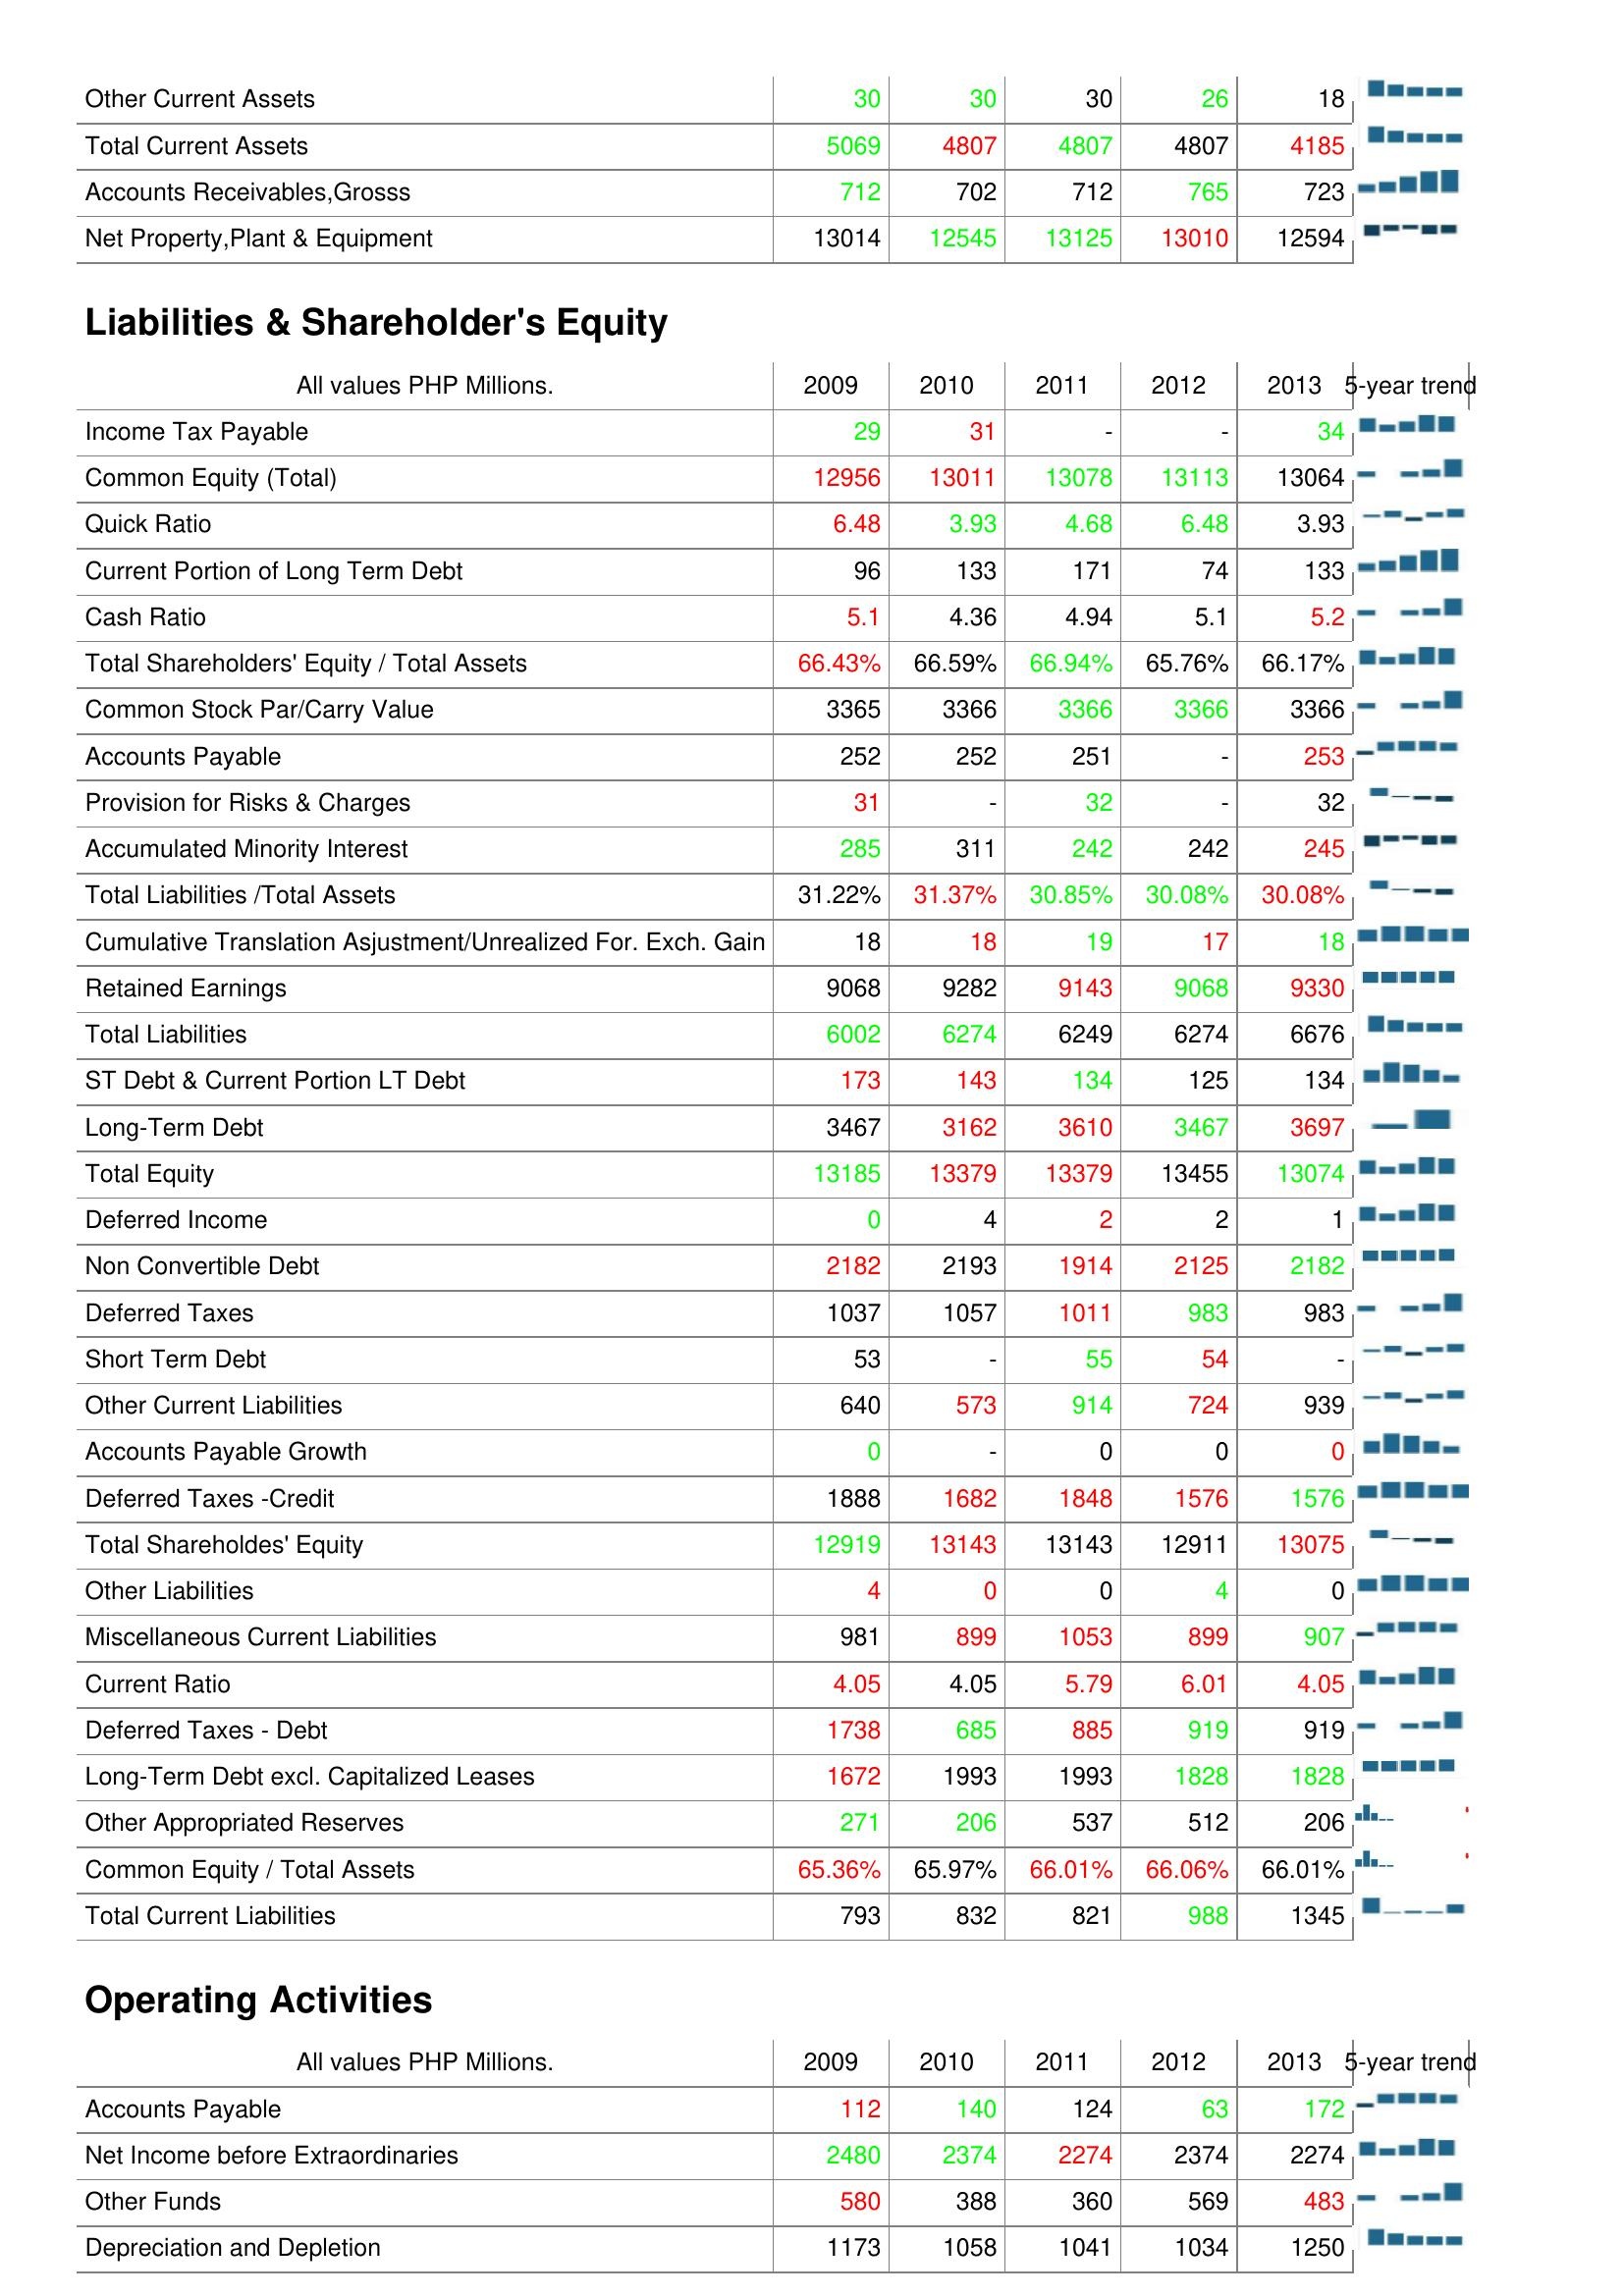
2009: Assets: Other Current Assets: 30
Total Current Assets: 5069
Accounts Receivables,Grosss: 712
Net Property,Plant & Equipment: 13014
Liabilities & Shareholder's Equity: Income Tax Payable: 29
Common Equity (Total): 12956
Quick Ratio: 6.48
Current Portion of Long Term Debt: 96
Cash Ratio: 5.1
Total Shareholders' Equity / Total Assets: 66.43%
Common Stock Par/Carry Value: 3365
Accounts Payable: 252
Provision for Risks & Charges: 31
Accumulated Minority Interest: 285
Total Liabilities /Total Assets: 31.22%
Cumulative Translation Asjustment/Unrealized For. Exch. Gain: 18
Retained Earnings: 9068
Total Liabilities: 6002
ST Debt & Current Portion LT Debt: 173
Long-Term Debt: 3467
Total Equity: 13185
Deferred Income: 0
Non Convertible Debt: 2182
Deferred Taxes: 1037
Short Term Debt: 53
Other Current Liabilities: 640
Accounts Payable Growth: 0
Deferred Taxes -Credit: 1888
Total Shareholdes' Equity: 12919
Other Liabilities: 4
Miscellaneous Current Liabilities: 981
Current Ratio: 4.05
Deferred Taxes - Debt: 1738
Long-Term Debt excl. Capitalized Leases: 1672
Other Appropriated Reserves: 271
Common Equity / Total Assets: 65.36%
Total Current Liabilities: 793
Operating Activities: Accounts Payable: 112
Net Income before Extraordinaries: 2480
Other Funds: 580
Depreciation and Depletion: 1173
2010: Assets: Other Current Assets: 30
Total Current Assets: 4807
Accounts Receivables,Grosss: 702
Net Property,Plant & Equipment: 12545
Liabilities & Shareholder's Equity: Income Tax Payable: 31
Common Equity (Total): 13011
Quick Ratio: 3.93
Current Portion of Long Term Debt: 133
Cash Ratio: 4.36
Total Shareholders' Equity / Total Assets: 66.59%
Common Stock Par/Carry Value: 3366
Accounts Payable: 252
Provision for Risks & Charges: -
Accumulated Minority Interest: 311
Total Liabilities /Total Assets: 31.37%
Cumulative Translation Asjustment/Unrealized For. Exch. Gain: 18
Retained Earnings: 9282
Total Liabilities: 6274
ST Debt & Current Portion LT Debt: 143
Long-Term Debt: 3162
Total Equity: 13379
Deferred Income: 4
Non Convertible Debt: 2193
Deferred Taxes: 1057
Short Term Debt: -
Other Current Liabilities: 573
Accounts Payable Growth: -
Deferred Taxes -Credit: 1682
Total Shareholdes' Equity: 13143
Other Liabilities: 0
Miscellaneous Current Liabilities: 899
Current Ratio: 4.05
Deferred Taxes - Debt: 685
Long-Term Debt excl. Capitalized Leases: 1993
Other Appropriated Reserves: 206
Common Equity / Total Assets: 65.97%
Total Current Liabilities: 832
Operating Activities: Accounts Payable: 140
Net Income before Extraordinaries: 2374
Other Funds: 388
Depreciation and Depletion: 1058
2011: Assets: Other Current Assets: 30
Total Current Assets: 4807
Accounts Receivables,Grosss: 712
Net Property,Plant & Equipment: 13125
Liabilities & Shareholder's Equity: Income Tax Payable: -
Common Equity (Total): 13078
Quick Ratio: 4.68
Current Portion of Long Term Debt: 171
Cash Ratio: 4.94
Total Shareholders' Equity / Total Assets: 66.94%
Common Stock Par/Carry Value: 3366
Accounts Payable: 251
Provision for Risks & Charges: 32
Accumulated Minority Interest: 242
Total Liabilities /Total Assets: 30.85%
Cumulative Translation Asjustment/Unrealized For. Exch. Gain: 19
Retained Earnings: 9143
Total Liabilities: 6249
ST Debt & Current Portion LT Debt: 134
Long-Term Debt: 3610
Total Equity: 13379
Deferred Income: 2
Non Convertible Debt: 1914
Deferred Taxes: 1011
Short Term Debt: 55
Other Current Liabilities: 914
Accounts Payable Growth: 0
Deferred Taxes -Credit: 1848
Total Shareholdes' Equity: 13143
Other Liabilities: 0
Miscellaneous Current Liabilities: 1053
Current Ratio: 5.79
Deferred Taxes - Debt: 885
Long-Term Debt excl. Capitalized Leases: 1993
Other Appropriated Reserves: 537
Common Equity / Total Assets: 66.01%
Total Current Liabilities: 821
Operating Activities: Accounts Payable: 124
Net Income before Extraordinaries: 2274
Other Funds: 360
Depreciation and Depletion: 1041
2012: Assets: Other Current Assets: 26
Total Current Assets: 4807
Accounts Receivables,Grosss: 765
Net Property,Plant & Equipment: 13010
Liabilities & Shareholder's Equity: Income Tax Payable: -
Common Equity (Total): 13113
Quick Ratio: 6.48
Current Portion of Long Term Debt: 74
Cash Ratio: 5.1
Total Shareholders' Equity / Total Assets: 65.76%
Common Stock Par/Carry Value: 3366
Accounts Payable: -
Provision for Risks & Charges: -
Accumulated Minority Interest: 242
Total Liabilities /Total Assets: 30.08%
Cumulative Translation Asjustment/Unrealized For. Exch. Gain: 17
Retained Earnings: 9068
Total Liabilities: 6274
ST Debt & Current Portion LT Debt: 125
Long-Term Debt: 3467
Total Equity: 13455
Deferred Income: 2
Non Convertible Debt: 2125
Deferred Taxes: 983
Short Term Debt: 54
Other Current Liabilities: 724
Accounts Payable Growth: 0
Deferred Taxes -Credit: 1576
Total Shareholdes' Equity: 12911
Other Liabilities: 4
Miscellaneous Current Liabilities: 899
Current Ratio: 6.01
Deferred Taxes - Debt: 919
Long-Term Debt excl. Capitalized Leases: 1828
Other Appropriated Reserves: 512
Common Equity / Total Assets: 66.06%
Total Current Liabilities: 988
Operating Activities: Accounts Payable: 63
Net Income before Extraordinaries: 2374
Other Funds: 569
Depreciation and Depletion: 1034
2013: Assets: Other Current Assets: 18
Total Current Assets: 4185
Accounts Receivables,Grosss: 723
Net Property,Plant & Equipment: 12594
Liabilities & Shareholder's Equity: Income Tax Payable: 34
Common Equity (Total): 13064
Quick Ratio: 3.93
Current Portion of Long Term Debt: 133
Cash Ratio: 5.2
Total Shareholders' Equity / Total Assets: 66.17%
Common Stock Par/Carry Value: 3366
Accounts Payable: 253
Provision for Risks & Charges: 32
Accumulated Minority Interest: 245
Total Liabilities /Total Assets: 30.08%
Cumulative Translation Asjustment/Unrealized For. Exch. Gain: 18
Retained Earnings: 9330
Total Liabilities: 6676
ST Debt & Current Portion LT Debt: 134
Long-Term Debt: 3697
Total Equity: 13074
Deferred Income: 1
Non Convertible Debt: 2182
Deferred Taxes: 983
Short Term Debt: -
Other Current Liabilities: 939
Accounts Payable Growth: 0
Deferred Taxes -Credit: 1576
Total Shareholdes' Equity: 13075
Other Liabilities: 0
Miscellaneous Current Liabilities: 907
Current Ratio: 4.05
Deferred Taxes - Debt: 919
Long-Term Debt excl. Capitalized Leases: 1828
Other Appropriated Reserves: 206
Common Equity / Total Assets: 66.01%
Total Current Liabilities: 1345
Operating Activities: Accounts Payable: 172
Net Income before Extraordinaries: 2274
Other Funds: 483
Depreciation and Depletion: 1250